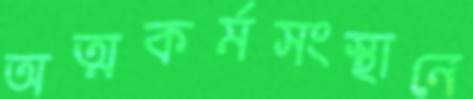
অত্মকর্মসংস্থানে